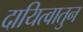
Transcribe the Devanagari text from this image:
दायित्वातुन